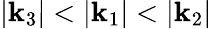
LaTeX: |\mathbf{k}_{3}|<|\mathbf{k}_{1}|<|\mathbf{k}_{2}|